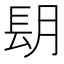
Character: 𨱠